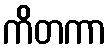
ကိတကာ